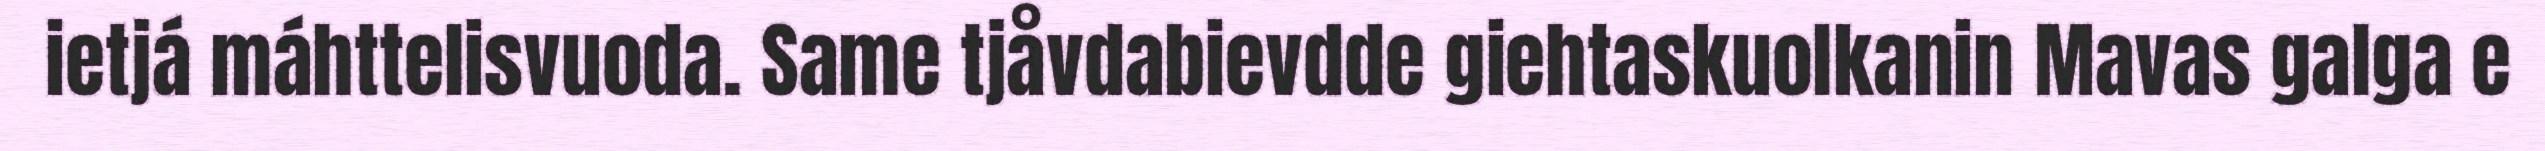
ietjá máhttelisvuoda. Same tjåvdabievdde giehtaskuolkanin Mavas galga e